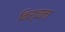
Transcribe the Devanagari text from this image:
निश्चला